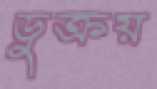
ডুক্‌রয়